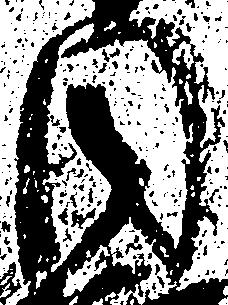
周